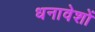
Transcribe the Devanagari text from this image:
धनावेशों